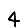
Digit: 4